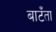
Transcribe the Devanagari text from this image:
बाटँता